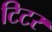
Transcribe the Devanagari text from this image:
टिटर